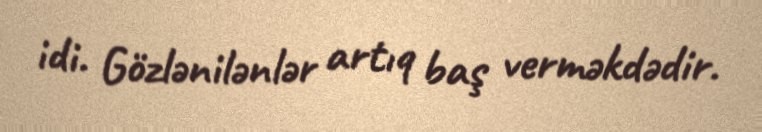
idi. Gözlənilənlər artıq baş verməkdədir.